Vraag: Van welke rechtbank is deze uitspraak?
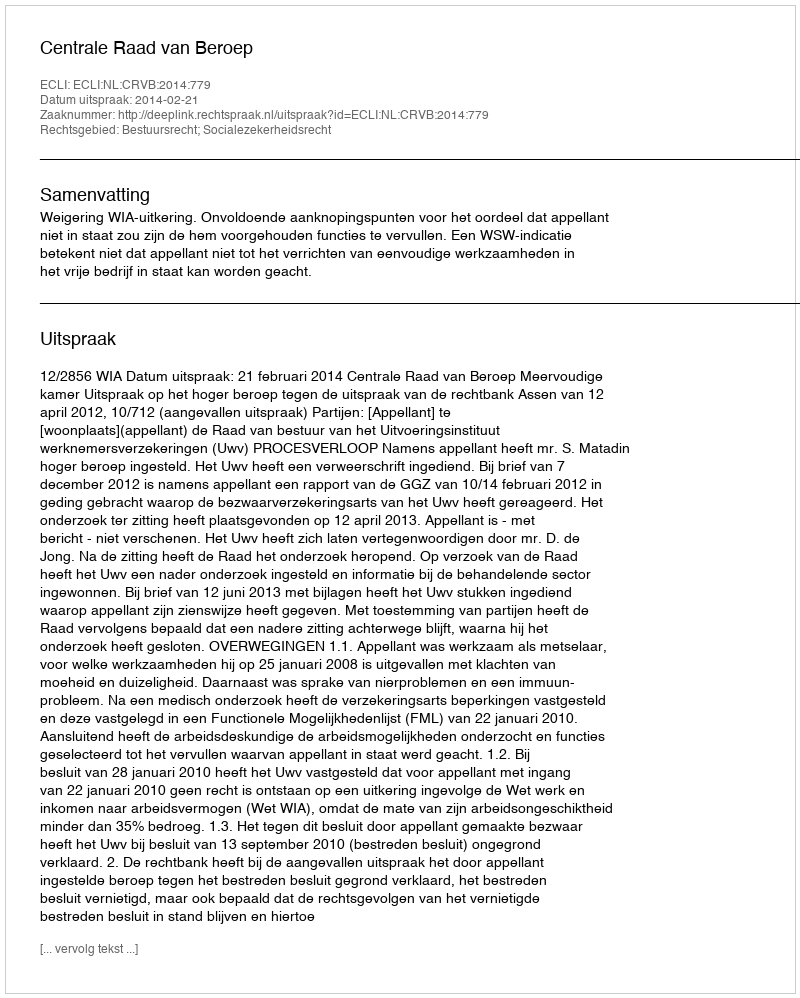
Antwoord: Centrale Raad van Beroep